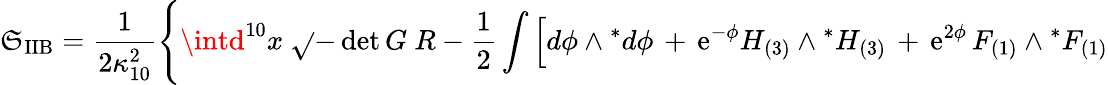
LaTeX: \mathfrak{S}_{\mathrm{{IIB}}}=\frac{{1}}{{2\kappa_{10}^{2}}}\Bigg\{ \intd^{10}x~\sqrt{}{{-\operatorname*{det}G}}~R-\frac{{1}}{{2}}\int\Big[d\phi\wedge{}^{*}d\phi\, +\, \mathrm{{e}}^{-\phi}H_{(3)}\wedge{}^{*}H_{(3)}\, +\, \mathrm{{e}}^{2\phi}\, F_{(1)}\wedge{}^{*}F_{(1)}